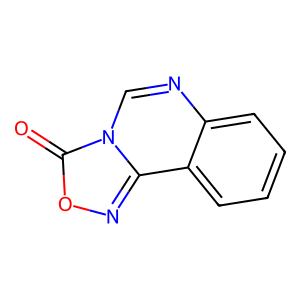
SMILES: O=c1onc2c3ccccc3ncn12
Inhibits HIV replication: No